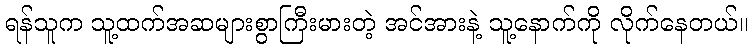
ရန်သူက သူ့ထက်အဆများစွာကြီးမားတဲ့ အင်အားနဲ့ သူ့နောက်ကို လိုက်နေတယ်။